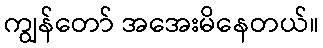
ကျွန်တော် အအေးမိနေတယ်။